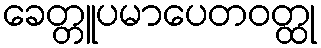
ခေတ္တူပမာပေတဝတ္ထု